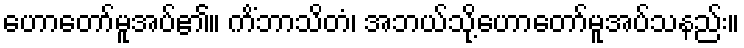
ဟောတော်မူအပ်၏။ ကိံဘာသိတံ၊ အဘယ်သို့ဟောတော်မူအပ်သနည်း။